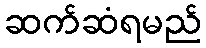
ဆက်ဆံရမည်